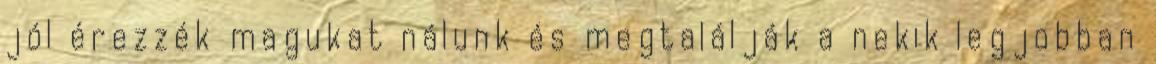
jól érezzék magukat nálunk és megtalálják a nekik legjobban